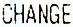
CHANGE